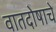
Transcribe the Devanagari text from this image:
वातदोषाचे